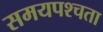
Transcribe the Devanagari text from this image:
समयपश्चता